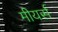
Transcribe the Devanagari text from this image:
मीयर्स